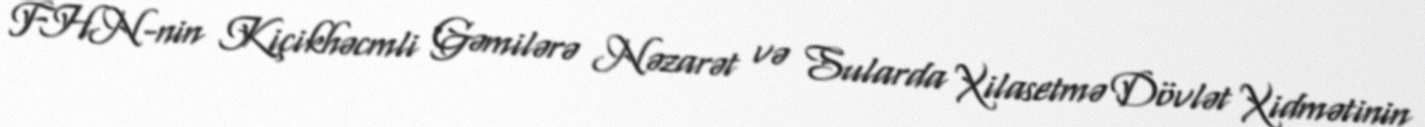
FHN-nin Kiçikhəcmli Gəmilərə Nəzarət və Sularda Xilasetmə Dövlət Xidmətinin